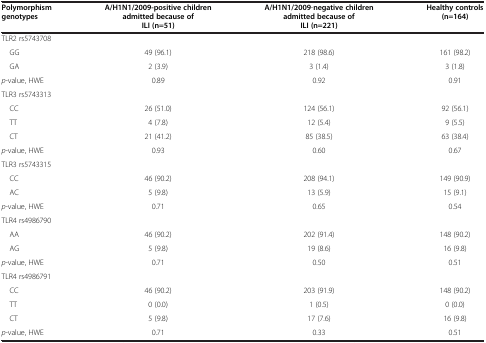
<table><thead><tr><td><b>Polymorphism genotypes</b></td><td><b>A/H1N1/2009-positive children admitted because of ILI(n=51)</b></td><td><b>A/H1N1/2009-negative children admitted because of ILI(n=221)</b></td><td><b>Healthy controls(n=164)</b></td></tr></thead><tbody><tr><td colspan="4">TLR2 rs5743708</td></tr><tr><td> GG</td><td>49 (96.1)</td><td>218 (98.6)</td><td>161 (98.2)</td></tr><tr><td> GA</td><td>2 (3.9)</td><td>3 (1.4)</td><td>3 (1.8)</td></tr><tr><td><i>p</i>-value, HWE</td><td>0.89</td><td>0.92</td><td>0.91</td></tr><tr><td colspan="4">TLR3 rs5743313</td></tr><tr><td> CC</td><td>26 (51.0)</td><td>124 (56.1)</td><td>92 (56.1)</td></tr><tr><td> TT</td><td>4 (7.8)</td><td>12 (5.4)</td><td>9 (5.5)</td></tr><tr><td> CT</td><td>21 (41.2)</td><td>85 (38.5)</td><td>63 (38.4)</td></tr><tr><td><i>p</i>-value, HWE</td><td>0.93</td><td>0.60</td><td>0.67</td></tr><tr><td colspan="4">TLR3 rs5743315</td></tr><tr><td> CC</td><td>46 (90.2)</td><td>208 (94.1)</td><td>149 (90.9)</td></tr><tr><td> AC</td><td>5 (9.8)</td><td>13 (5.9)</td><td>15 (9.1)</td></tr><tr><td><i>p</i>-value, HWE</td><td>0.71</td><td>0.65</td><td>0.54</td></tr><tr><td colspan="4">TLR4 rs4986790</td></tr><tr><td> AA</td><td>46 (90.2)</td><td>202 (91.4)</td><td>148 (90.2)</td></tr><tr><td> AG</td><td>5 (9.8)</td><td>19 (8.6)</td><td>16 (9.8)</td></tr><tr><td><i>p</i>-value, HWE</td><td>0.71</td><td>0.50</td><td>0.51</td></tr><tr><td colspan="4">TLR4 rs4986791</td></tr><tr><td> CC</td><td>46 (90.2)</td><td>203 (91.9)</td><td>148 (90.2)</td></tr><tr><td> TT</td><td>0 (0.0)</td><td>1 (0.5)</td><td>0 (0.0)</td></tr><tr><td> CT</td><td>5 (9.8)</td><td>17 (7.6)</td><td>16 (9.8)</td></tr><tr><td><i>p</i>-value, HWE</td><td>0.71</td><td>0.33</td><td>0.51</td></tr></tbody></table>